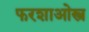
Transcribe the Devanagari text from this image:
फरशाओस्त्र